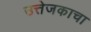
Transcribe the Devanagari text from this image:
उत्तेजकाचा